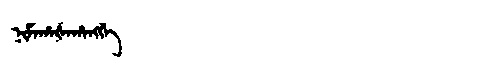
Manchu: ᠨᡳᠮᠠᡥᠠᡧᠠᡥᠠᠩᡤᡝ
Romanization: NIMAHAŠAHANGGE